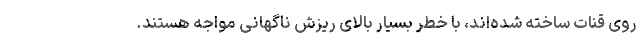
روی قنات ساخته شده‌اند، با خطر بسیار بالای ریزش ناگهانی مواجه هستند.